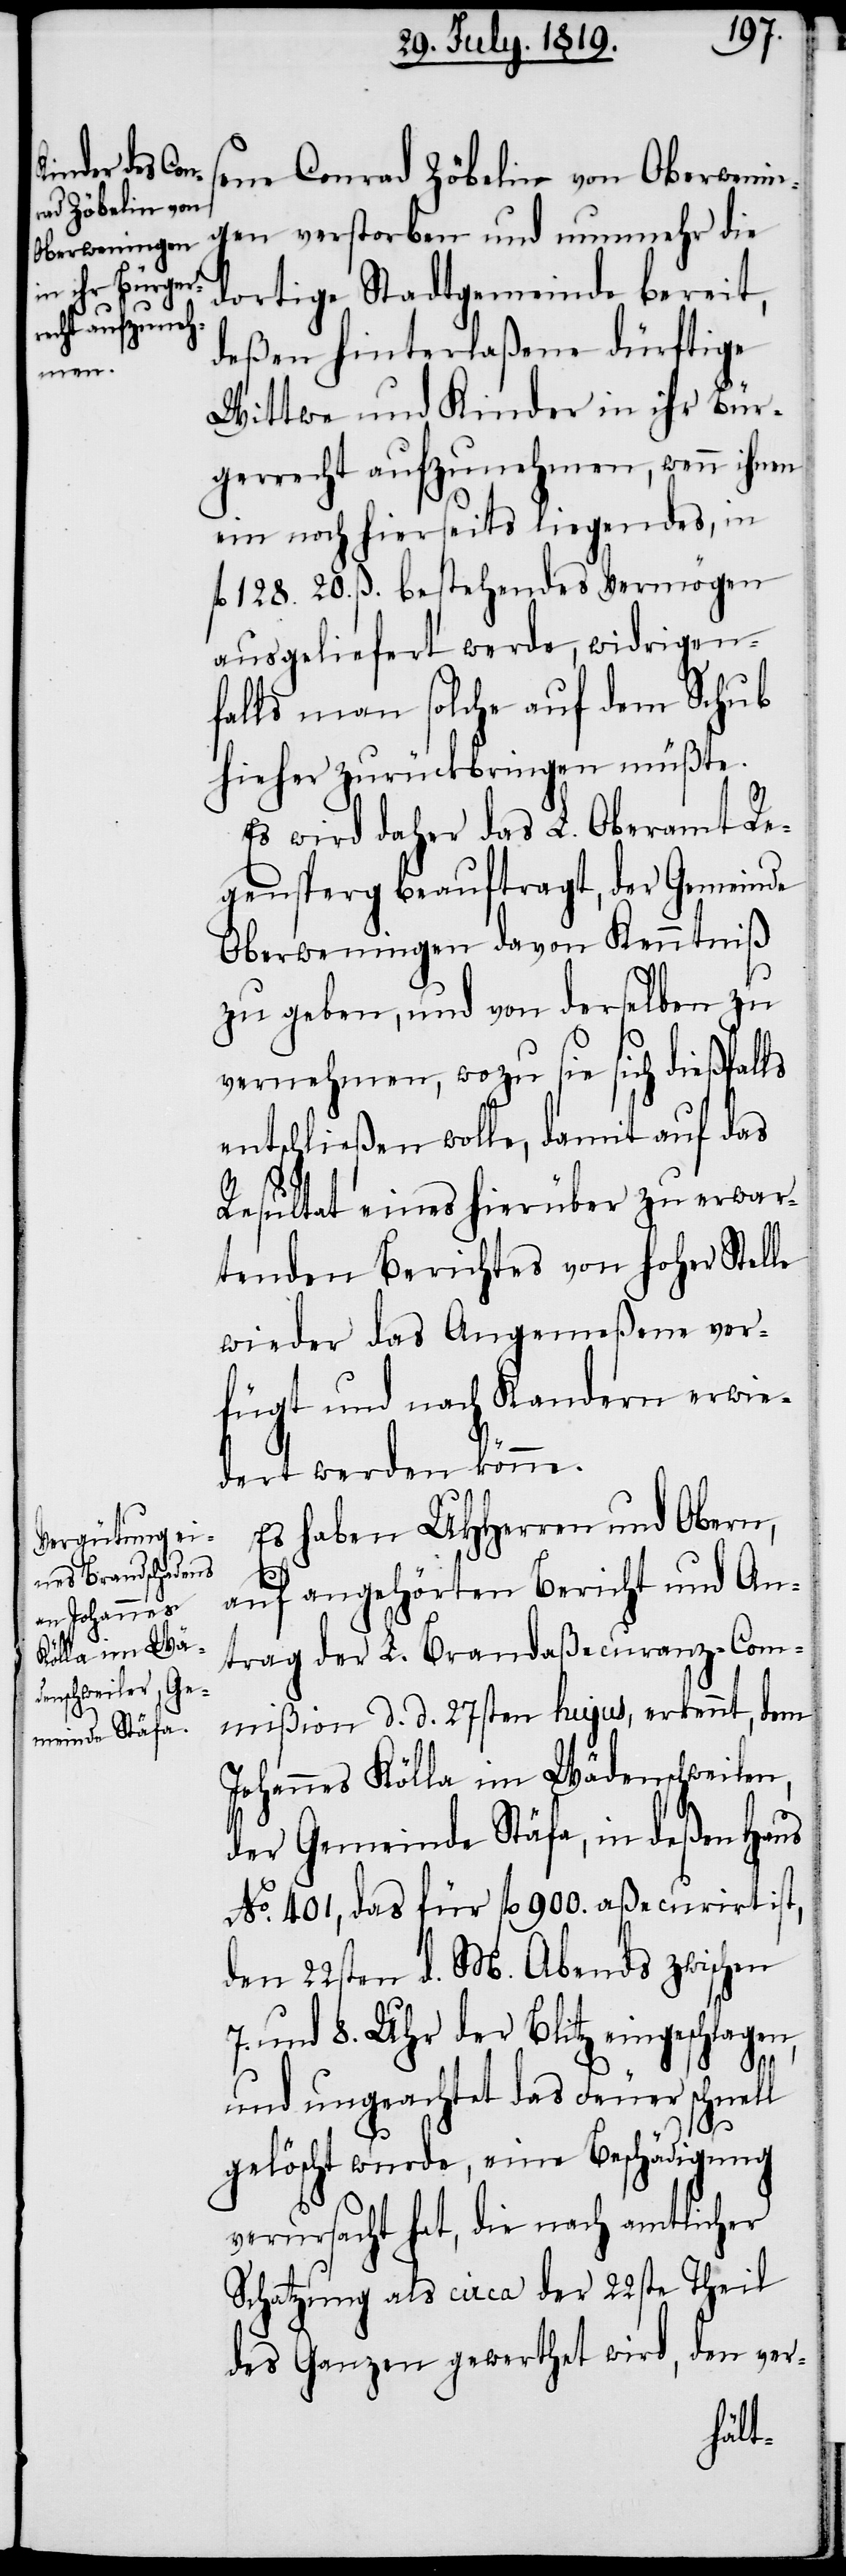
ene Conrad Zöbelin von Oberwenin¬
gen verstorben und nunmehr die
dortige Stadtgemeinde bereit,
deßen hinterlaßene dürftige
Wittwe und Kinder in ihr Bür¬
gerrecht aufzunehmen, wenn ihnen
ein noch hierseits liegendes, in
fl. 128. 20. ß. bestehendes Vermögen
ausgeliefert werde, widrigen¬
falls man solche auf dem Schub
hieher zurückbringen müßte.
Es wird daher das L. Oberamt Re¬
gensperg beauftragt, der Gemeinde
Oberweningen davon Kenntniß
zu geben, und von derselben zu
vernehmen, wozu sie sich dießfalls
entschließen wolle, damit auf das
Resultat eines hierüber zu erwar¬
tenden Berichtes von hoher Stelle
wieder das Angemeßene ver¬
fügt und nach Kandern erwie¬
dert werden könne.
Es haben UHHerren und Obern,
s¬
auf angehörten Bericht und An¬
trag der L. Brandaßecuranz-Com¬
mißion d. d. 27sten hujus, erkennt, dem
Johannes Kölla im Wädenschweilen,
der Gemeinde Stäfa, in deßen Haus
No. 401, das für fl. 900. aßecurirt ist,
den 22sten d. M. Abends zwischen
7. und 8. Uhr der Blitz eingeschlagen,
und ungeachtet des Feuer schnell
gelöscht wurde, eine Beschädigung
verursacht hat, die nach amtlicher
Schatzung als circa der 22ste Theil
des Ganzen gewerthet wird, den ver-